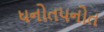
ધનોતપનોત